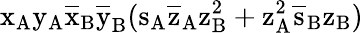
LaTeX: \mathrm{x_{A}\mathrm{y_{A}\mathrm{\overline{{x}}_{B}\mathrm{\overline{{y}}_{B}(\mathrm{s_{A}\mathrm{\overline{{z}}_{A}\mathrm{z_{B}^{2}+\mathrm{z_{A}^{2}\mathrm{\overline{{s}}_{B}\mathrm{z_{B})}}}}}}}}}}